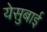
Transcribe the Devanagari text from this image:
येसुबाई